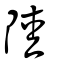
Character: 陸